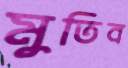
মুতিব